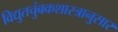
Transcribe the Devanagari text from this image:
विद्युतचुंबकशास्त्रानुसार